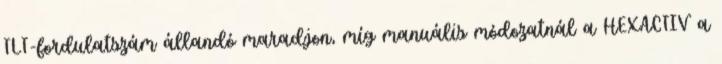
TLT-fordulatszám állandó maradjon, míg manuális módozatnál a HEXACTIV a